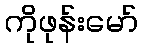
ကိုဖုန်းမော်